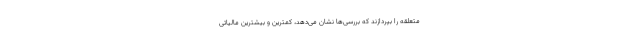
متعلقه را بپردازند که بررسی‌ها نشان می‌دهد، کمترین و بیشترین مالیاتی